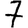
Digit: 7